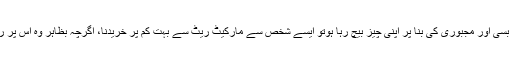
اسی طرح ایک شخص اگر انتہائی بے بسی اور مجبوری کی بنا پر اپنی چیز بیچ رہا ہوتو ایسے شخص سے مارکیٹ ریٹ سے بہت کم پر خریدنا، اگرچہ بظاہر وہ اس پر راضی بھی ہوناجائز ہے، درست نہیں ۔